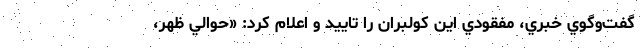
گفت‌وگوي خبري، مفقودي اين كولبران را تاييد و اعلام كرد: «حوالي ظهر،